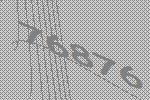
76876